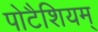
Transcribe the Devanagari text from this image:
पोटैशियम्‌